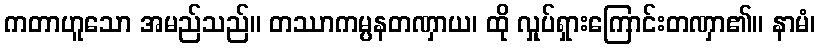
ကတာဟူသော အမည်သည်။ တဿာကမ္ပနတဏှာယ၊ ထို လှုပ်ရှားကြောင်းတဏှာ၏။ နာမံ၊